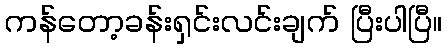
ကန်တော့ခန်းရှင်းလင်းချက် ပြီးပါပြီ။